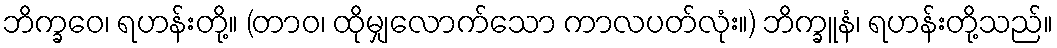
ဘိက္ခဝေ၊ ရဟန်းတို့။ (တာဝ၊ ထိုမျှလောက်သော ကာလပတ်လုံး။) ဘိက္ခူနံ၊ ရဟန်းတို့သည်။